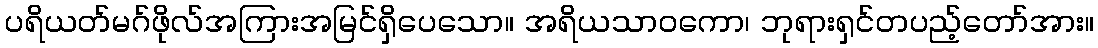
ပရိယတ်မဂ်ဖိုလ်အကြားအမြင်ရှိပေသော။ အရိယသာဝကော၊ ဘုရားရှင်တပည့်တော်အား။